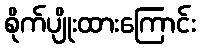
စိုက်ပျိုးထားကြောင်း